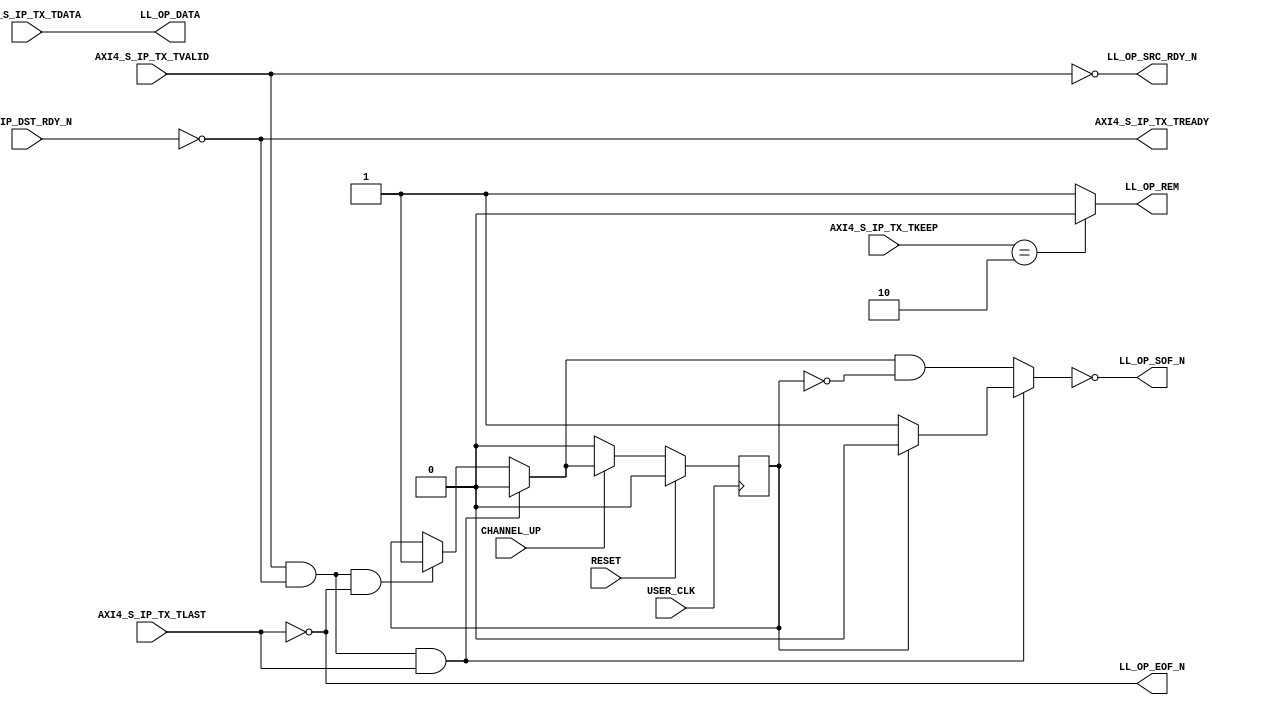
///////////////////////////////////////////////////////////////////////////////
// (c) Copyright 2010 Xilinx, Inc. All rights reserved.
//
// This file contains confidential and proprietary information
// of Xilinx, Inc. and is protected under U.S. and
// international copyright and other intellectual property
// laws.
//
// DISCLAIMER
// This disclaimer is not a license and does not grant any
// rights to the materials distributed herewith. Except as
// otherwise provided in a valid license issued to you by
// Xilinx, and to the maximum extent permitted by applicable
// law: (1) THESE MATERIALS ARE MADE AVAILABLE "AS IS" AND
// WITH ALL FAULTS, AND XILINX HEREBY DISCLAIMS ALL WARRANTIES
// AND CONDITIONS, EXPRESS, IMPLIED, OR STATUTORY, INCLUDING
// BUT NOT LIMITED TO WARRANTIES OF MERCHANTABILITY, NON-
// INFRINGEMENT, OR FITNESS FOR ANY PARTICULAR PURPOSE; and
// (2) Xilinx shall not be liable (whether in contract or tort,
// including negligence, or under any other theory of
// liability) for any loss or damage of any kind or nature
// related to, arising under or in connection with these
// materials, including for any direct, or any indirect,
// special, incidental, or consequential loss or damage
// (including loss of data, profits, goodwill, or any type of
// loss or damage suffered as a result of any action brought
// by a third party) even if such damage or loss was
// reasonably foreseeable or Xilinx had been advised of the
// possibility of the same.
//
// CRITICAL APPLICATIONS
// Xilinx products are not designed or intended to be fail-
// safe, or for use in any application requiring fail-safe
// performance, such as life-support or safety devices or
// systems, Class III medical devices, nuclear facilities,
// applications related to the deployment of airbags, or any
// other applications that could lead to death, personal
// injury, or severe property or environmental damage
// (individually and collectively, "Critical
// Applications"). Customer assumes the sole risk and
// liability of any use of Xilinx products in Critical
// Applications, subject only to applicable laws and
// regulations governing limitations on product liability.
//
// THIS COPYRIGHT NOTICE AND DISCLAIMER MUST BE RETAINED AS
// PART OF THIS FILE AT ALL TIMES.
//
//
///////////////////////////////////////////////////////////////////////////////
//
//  AXI_TO_LL
//
//
//  Description: This light wrapper/shim convertes Legacy LocalLink interface
//               signals from AXI-4 Stream protocol signals
//
//
///////////////////////////////////////////////////////////////////////////////

`timescale 1 ns/1 ps
(* core_generation_info = "aurora_8b10b_113_2,aurora_8b10b_v11_1_5,{user_interface=AXI_4_Streaming,backchannel_mode=Sidebands,c_aurora_lanes=1,c_column_used=None,c_gt_clock_1=GTPQ0,c_gt_clock_2=None,c_gt_loc_1=X,c_gt_loc_10=X,c_gt_loc_11=X,c_gt_loc_12=X,c_gt_loc_13=X,c_gt_loc_14=X,c_gt_loc_15=X,c_gt_loc_16=X,c_gt_loc_17=X,c_gt_loc_18=X,c_gt_loc_19=X,c_gt_loc_2=X,c_gt_loc_20=X,c_gt_loc_21=X,c_gt_loc_22=X,c_gt_loc_23=X,c_gt_loc_24=X,c_gt_loc_25=X,c_gt_loc_26=X,c_gt_loc_27=X,c_gt_loc_28=X,c_gt_loc_29=X,c_gt_loc_3=X,c_gt_loc_30=X,c_gt_loc_31=X,c_gt_loc_32=X,c_gt_loc_33=X,c_gt_loc_34=X,c_gt_loc_35=X,c_gt_loc_36=X,c_gt_loc_37=X,c_gt_loc_38=X,c_gt_loc_39=X,c_gt_loc_4=1,c_gt_loc_40=X,c_gt_loc_41=X,c_gt_loc_42=X,c_gt_loc_43=X,c_gt_loc_44=X,c_gt_loc_45=X,c_gt_loc_46=X,c_gt_loc_47=X,c_gt_loc_48=X,c_gt_loc_5=X,c_gt_loc_6=X,c_gt_loc_7=X,c_gt_loc_8=X,c_gt_loc_9=X,c_lane_width=2,c_line_rate=31250,c_nfc=false,c_nfc_mode=IMM,c_refclk_frequency=125000,c_simplex=false,c_simplex_mode=TX,c_stream=false,c_ufc=false,flow_mode=None,interface_mode=Framing,dataflow_config=Duplex}" *)
module aurora_8b10b_113_2_AXI_TO_LL #
(
    parameter            DATA_WIDTH         = 16, // DATA bus width
    parameter            STRB_WIDTH         = 2, // STROBE bus width
    parameter            BC                 =  DATA_WIDTH/8, //Byte count
    parameter            USE_4_NFC          = 0, // 0 => PDU, 1 => NFC, 2 => UFC 
    parameter            REM_WIDTH          = 1 // REM bus width
)
(

    // AXI4-S input signals
    AXI4_S_IP_TX_TVALID,
    AXI4_S_IP_TX_TREADY,
    AXI4_S_IP_TX_TDATA,
    AXI4_S_IP_TX_TKEEP,
    AXI4_S_IP_TX_TLAST,

    // LocalLink output Interface
    LL_OP_DATA,
    LL_OP_SOF_N,
    LL_OP_EOF_N,
    LL_OP_REM,
    LL_OP_SRC_RDY_N,
    LL_IP_DST_RDY_N,

    // System Interface
    USER_CLK,
    RESET, 
    CHANNEL_UP

);

`define DLY #1

//***********************************Port Declarations*******************************

    // AXI4-Stream Interface
 
    input   [0:(DATA_WIDTH-1)]     AXI4_S_IP_TX_TDATA;
    input   [0:(STRB_WIDTH-1)]     AXI4_S_IP_TX_TKEEP;
    input                          AXI4_S_IP_TX_TVALID;
    input                          AXI4_S_IP_TX_TLAST;
    output                         AXI4_S_IP_TX_TREADY;

    // LocalLink TX Interface
    output    [0:(DATA_WIDTH-1)]   LL_OP_DATA;
    output    [0:(REM_WIDTH-1)]    LL_OP_REM;
    output                         LL_OP_SRC_RDY_N;
    output                         LL_OP_SOF_N;
    output                         LL_OP_EOF_N;
    input                          LL_IP_DST_RDY_N;

    // System Interface
    input                          USER_CLK;
    input                          RESET;
    input                          CHANNEL_UP;


    reg                            new_pkt_r;

    wire                           new_pkt;
    wire   [0:(STRB_WIDTH-1)]     AXI4_S_IP_TX_TKEEP_i;

//*********************************Main Body of Code**********************************

   assign AXI4_S_IP_TX_TREADY = !LL_IP_DST_RDY_N;

 
   assign LL_OP_DATA = AXI4_S_IP_TX_TDATA;

 
    assign AXI4_S_IP_TX_TKEEP_i =  AXI4_S_IP_TX_TKEEP;


   assign LL_OP_SRC_RDY_N = !AXI4_S_IP_TX_TVALID;
   assign LL_OP_EOF_N = !AXI4_S_IP_TX_TLAST;
   assign LL_OP_REM = (AXI4_S_IP_TX_TKEEP_i == 2'b10) ? 1'b0 : 1'b1;
   assign new_pkt = ( AXI4_S_IP_TX_TVALID && AXI4_S_IP_TX_TREADY && AXI4_S_IP_TX_TLAST ) ? 1'b0 : ((AXI4_S_IP_TX_TVALID && AXI4_S_IP_TX_TREADY && !AXI4_S_IP_TX_TLAST ) ? 1'b1 : new_pkt_r);
  
   assign LL_OP_SOF_N  = ~ ( ( AXI4_S_IP_TX_TVALID && AXI4_S_IP_TX_TREADY && AXI4_S_IP_TX_TLAST ) ? ((new_pkt_r) ? 1'b0 : 1'b1) : (new_pkt && (!new_pkt_r)));

always @ (posedge USER_CLK)
begin
  if(RESET)
    new_pkt_r <= `DLY 1'b0;
  else if(CHANNEL_UP)
    new_pkt_r <= `DLY new_pkt;
  else
    new_pkt_r <= `DLY 1'b0;
end

endmodule